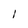
Character: I